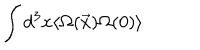
\int d ^ { 3 } x \langle \Omega ( \vec { x } ) \Omega ( 0 ) \rangle